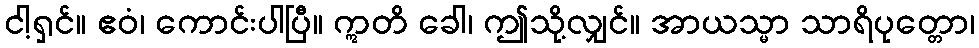
ငါ့ရှင်။ ဧဝံ၊ ကောင်းပါပြီ။ ဣတိ ခေါ၊ ဤသို့လျှင်။ အာယသ္မာ သာရိပုတ္တော၊